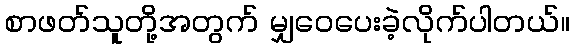
စာဖတ်သူတို့အတွက် မျှဝေပေးခဲ့လိုက်ပါတယ်။